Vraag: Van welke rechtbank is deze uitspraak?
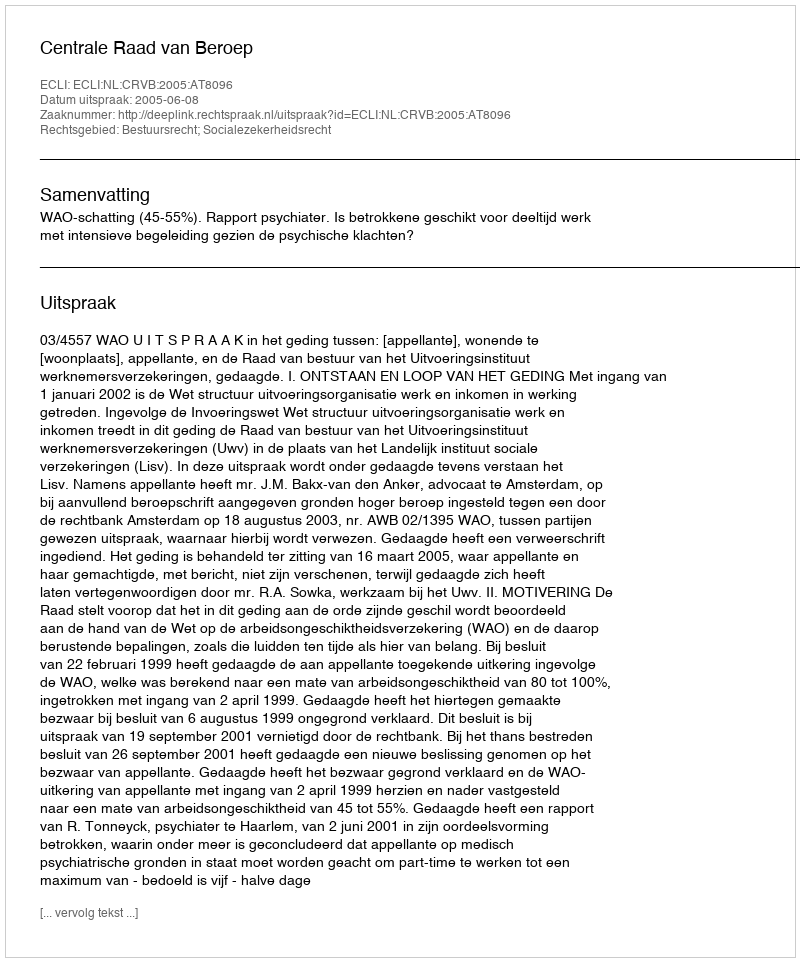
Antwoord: Centrale Raad van Beroep